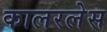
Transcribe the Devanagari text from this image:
कालरलेस